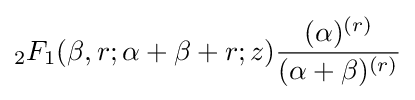
{}_{2}F_{1}(\beta ,r;\alpha +\beta +r;z){\frac {(\alpha )^{(r)}}{(\alpha +\beta )^{(r)}}}